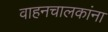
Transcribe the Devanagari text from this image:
वाहनचालकांना